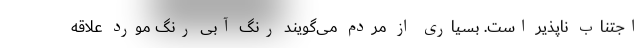
اجتناب ناپذیر است. بسیاری از مردم می‌گویند رنگ آبی رنگ مورد علاقه